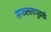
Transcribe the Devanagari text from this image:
सफलतापूवर्क